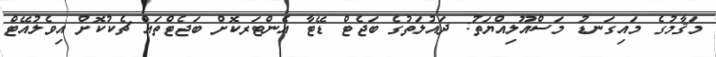
މަޤާމުގެ މައިގަނޑު މަސްއޫލިއްޔަތު: ދައުލަތުގެ ބަޖެޓް ޑޭޓާ އެންޓަރކޮށް ބަޖެޓްތައް ޗެކުކޮށް އިވެލުއޭޓް